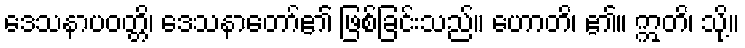
ဒေသနာပဝတ္တိ၊ ဒေသနာတော်၏ ဖြစ်ခြင်းသည်။ ဟောတိ၊ ၏။ ဣတိ၊ သို့။